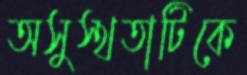
অসুস্থতাটিকে